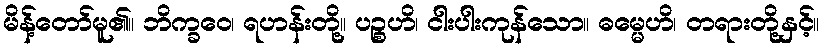
မိန့်တော်မူ၏။ ဘိက္ခဝေ၊ ရဟန်းတို့။ ပဉ္စဟိ၊ ငါးပါးကုန်သော။ ဓမ္မေဟိ၊ တရားတို့နှင့်။